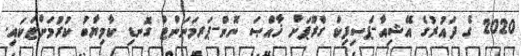
2020 ގެ ދައުރުގެ އޭޝިއާ-ޕެސިފިކް ގްރޫޕަށް ޚާއްޞަ ނޮން-ޕަރމަނަންޓް ގޮނޑި ކާމިޔާބު ކުރުމަށްޓަކައި.